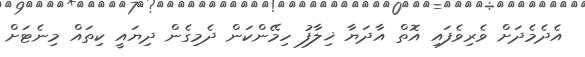
އެދެމެދަށް ވެރިވެފައި އޮތް އާދަޔާ ޚިލާފު ހިމޭންކަން ދެމިގެން ދިޔައީ ކިތައް މިނެޓަށް